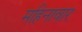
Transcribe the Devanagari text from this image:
महिनावार